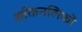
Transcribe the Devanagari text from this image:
शक्तिनलिकों